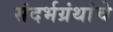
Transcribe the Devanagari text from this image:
संदर्भग्रंथांचे